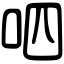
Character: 呬